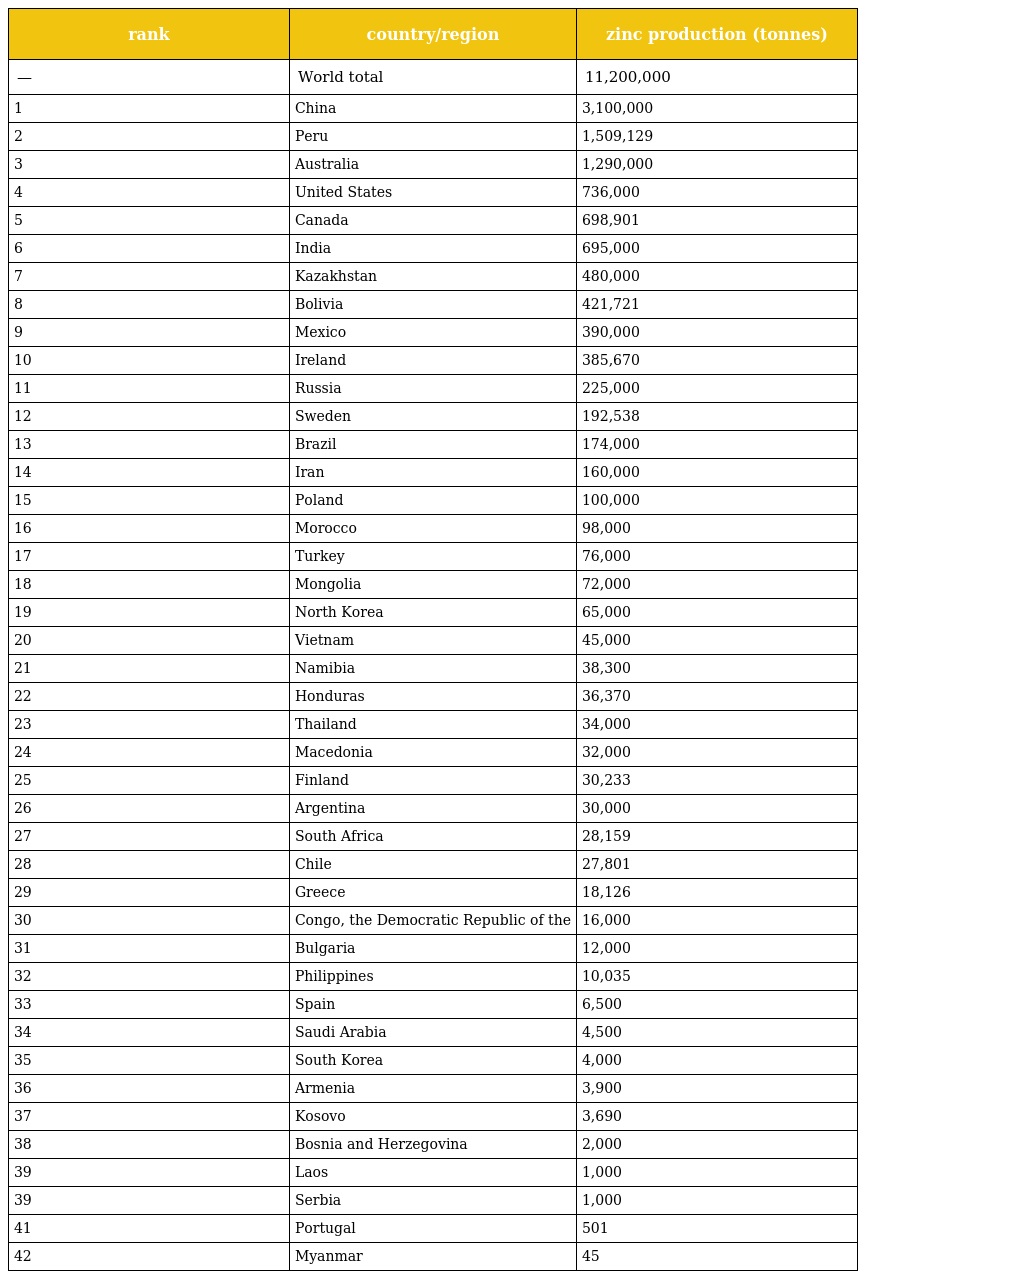
| rank | country/region | zinc production (tonnes) |
 | --- | --- | --- |
 | — | World total | 11,200,000 |
 | 1 | China | 3,100,000 |
 | 2 | Peru | 1,509,129 |
 | 3 | Australia | 1,290,000 |
 | 4 | United States | 736,000 |
 | 5 | Canada | 698,901 |
 | 6 | India | 695,000 |
 | 7 | Kazakhstan | 480,000 |
 | 8 | Bolivia | 421,721 |
 | 9 | Mexico | 390,000 |
 | 10 | Ireland | 385,670 |
 | 11 | Russia | 225,000 |
 | 12 | Sweden | 192,538 |
 | 13 | Brazil | 174,000 |
 | 14 | Iran | 160,000 |
 | 15 | Poland | 100,000 |
 | 16 | Morocco | 98,000 |
 | 17 | Turkey | 76,000 |
 | 18 | Mongolia | 72,000 |
 | 19 | North Korea | 65,000 |
 | 20 | Vietnam | 45,000 |
 | 21 | Namibia | 38,300 |
 | 22 | Honduras | 36,370 |
 | 23 | Thailand | 34,000 |
 | 24 | Macedonia | 32,000 |
 | 25 | Finland | 30,233 |
 | 26 | Argentina | 30,000 |
 | 27 | South Africa | 28,159 |
 | 28 | Chile | 27,801 |
 | 29 | Greece | 18,126 |
 | 30 | Congo, the Democratic Republic of the | 16,000 |
 | 31 | Bulgaria | 12,000 |
 | 32 | Philippines | 10,035 |
 | 33 | Spain | 6,500 |
 | 34 | Saudi Arabia | 4,500 |
 | 35 | South Korea | 4,000 |
 | 36 | Armenia | 3,900 |
 | 37 | Kosovo | 3,690 |
 | 38 | Bosnia and Herzegovina | 2,000 |
 | 39 | Laos | 1,000 |
 | 39 | Serbia | 1,000 |
 | 41 | Portugal | 501 |
 | 42 | Myanmar | 45 |